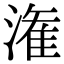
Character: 潅